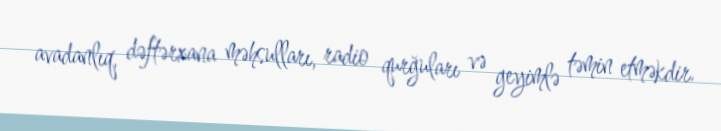
avadanlıq, dəftərxana məhsulları, radio qurğuları və geyimlə təmin etməkdir.